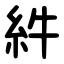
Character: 䋅